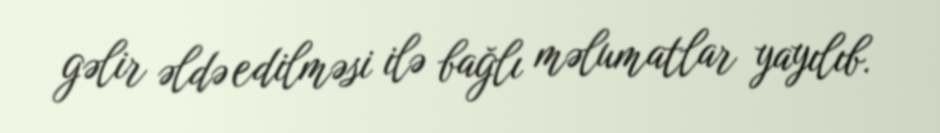
gəlir əldə edilməsi ilə bağlı məlumatlar yayılıb.